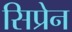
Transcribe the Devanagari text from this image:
सिप्रेन